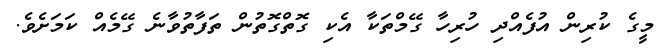
މީގެ ކުރިން އުފެއްދި ހުރިހާ ގޭމްތަކާ އެކި ގޮތްގޮތުން ތަފާތުވާނެ ގޭމެއް ކަމަށެވެ.